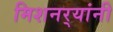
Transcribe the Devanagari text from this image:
मिशनर्‍यांनी